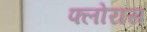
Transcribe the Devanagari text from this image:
फ्लोरास